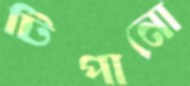
টিপানো